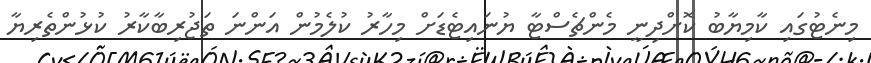
މިނެޓުގައި ކާމިޔާބު ކޮށްދިނީ މެންޗެސްޓާ ޔުނައިޓެޑަށް މިހާރު ކުލެމުން އަންނަ ތަޖުރިބާކާރު ކުޅުންތެރިޔާ